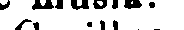
de musik.